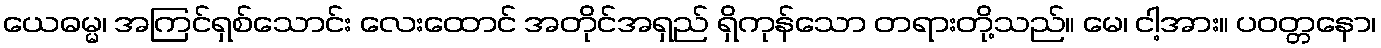
ယေဓမ္မ၊ အကြင်ရှစ်သောင်း လေးထောင် အတိုင်အရှည် ရှိကုန်သော တရားတို့သည်။ မေ၊ ငါ့အား။ ပဝတ္တနော၊